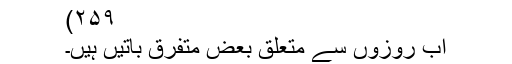
۲۵۹)
اب روزوں سے متعلق بعض متفرق باتیں ہیں۔